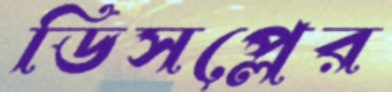
ডিসপ্লের